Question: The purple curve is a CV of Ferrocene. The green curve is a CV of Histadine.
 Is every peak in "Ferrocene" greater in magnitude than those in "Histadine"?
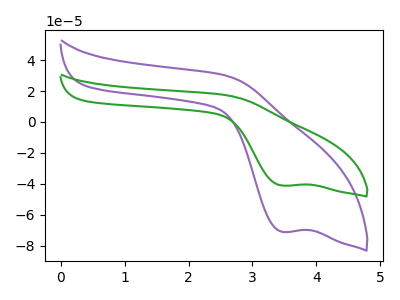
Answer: <think>The purple curve "Ferrocene" has a cathodic peak at: (3.45V, -71.05uA). The green curve "Histadine" has a cathodic peak at: (3.45V, -41.15uA).</think>
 <answer>Every peak in "Ferrocene" is higher than every peak in "Histadine".</answer>
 <eval>higher</eval>